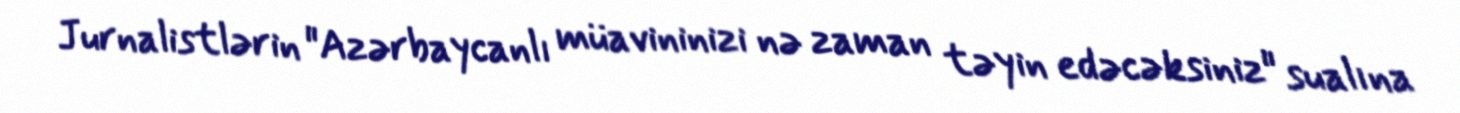
Jurnalistlərin "Azərbaycanlı müavininizi nə zaman təyin edəcəksiniz" sualına